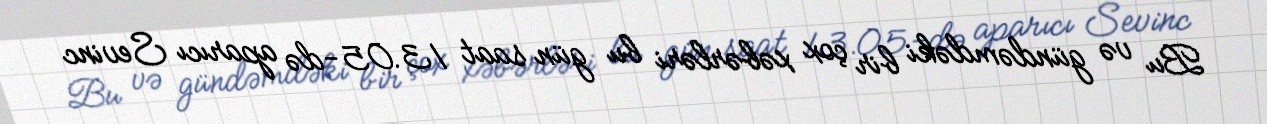
Bu və gündəmdəki bir çox xəbərləri bu gün saat 13.05-də aparıcı Sevinc